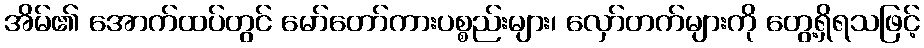
အိမ်၏ အောက်ထပ်တွင် မော်တော်ကားပစ္စည်းများ၊ လှော်တက်များကို တွေ့ရှိရသဖြင့်